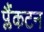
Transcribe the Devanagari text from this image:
प्लैंकटन